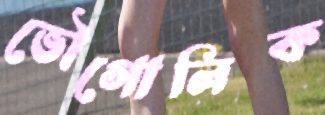
ভৌগোলিক